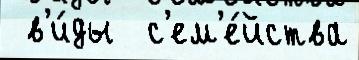
 в'и́ды  с'ем'е́йства